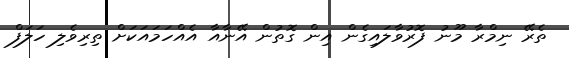
ތެރޭ ނިމްރާ މޫނު ފޮރުވާލައިގެން އިން ގޮތުން އޭނާއާ އެއްހަމައަކަށް ތިރިވެލި ހަލަފް